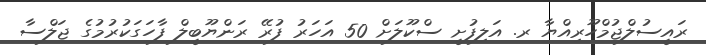
ރައީސުލްޖުމްހޫރިއްޔާ ރ. އަލިފުށީ ސްކޫލަށް 50 އަހަރު ފުރޭ ރަންޔޫބީލް ފާހަގަކުރުމުގެ ޖަލްސާ